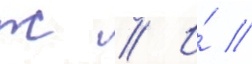
ж // И́ //